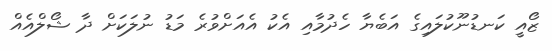
ޒޯއީ ކަނޑުނޫކުލައިގެ އަބެޔާ ހެދުމާއި އެކު އެއަށްވުރެ މަޑު ނުލަކަށް ދާ ޝޯލްއެއް